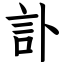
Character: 訃